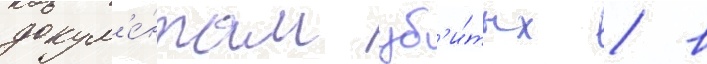
докум'е́нтам уб'и́тых / в